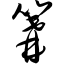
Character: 篝